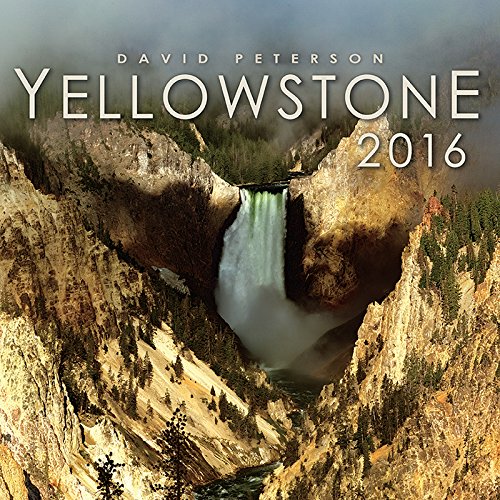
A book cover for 2016 Yellowstone Wall Calendar; David William Peterson - photographer; Travel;